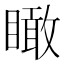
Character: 瞰